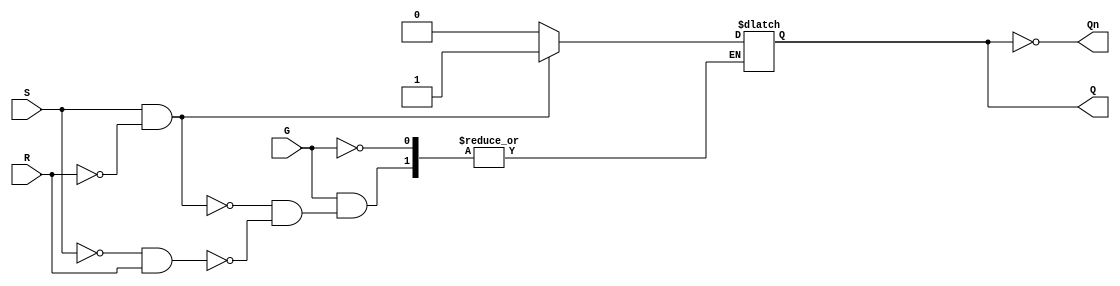
module gated_sr_latch (
    input wire S,    // Set input
    input wire R,    // Reset input
    input wire G,    // Gate input
    output reg Q,    // Output
    output wire Qn   // Complement of output
);

// Assign Qn as the complement of Q
assign Qn = ~Q;

// Always block for the gated SR latch functionality
always @(*) begin
    if (G) begin
        if (S && !R) begin
            Q <= 1;  // Set Q to 1
        end
        else if (!S && R) begin
            Q <= 0;  // Reset Q to 0
        end
        // If S and R are both high, Q remains unchanged (indeterminate state)
    end
    // When G is low, Q retains its previous state
end

endmodule